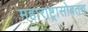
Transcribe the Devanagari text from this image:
महाराष्ट्रासोबतच